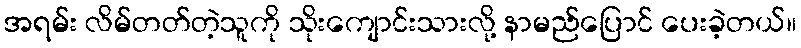
အရမ်း လိမ်တတ်တဲ့သူကို သိုးကျောင်းသားလို့ နာမည်ပြောင် ပေးခဲ့တယ်။